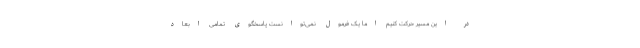
در این مسیر حرکت کنیم اما یک فرمول نمی‌توانست پاسخگوی تمامی ابعاد